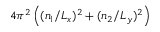
4 \pi ^ { 2 } \left( ( n _ { 1 } / L _ { x } ) ^ { 2 } + ( n _ { 2 } / L _ { y } ) ^ { 2 } \right)